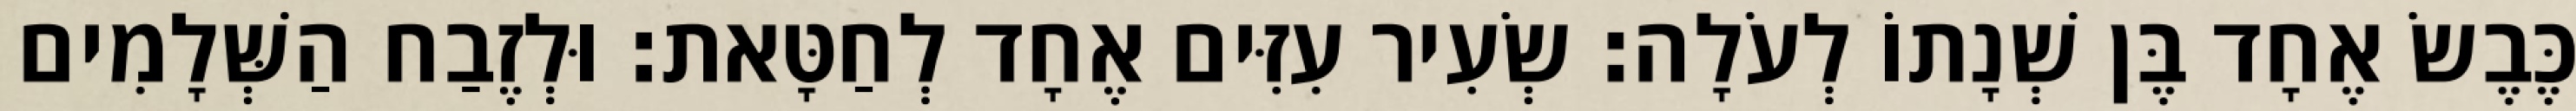
כֶּבֶשׂ אֶחָד בֶּן שְׁנָתוֹ לְעֹלָה׃ שְׂעִיר עִזִּים אֶחָד לְחַטָּאת׃ וּלְזֶבַח הַשְּׁלָמִים